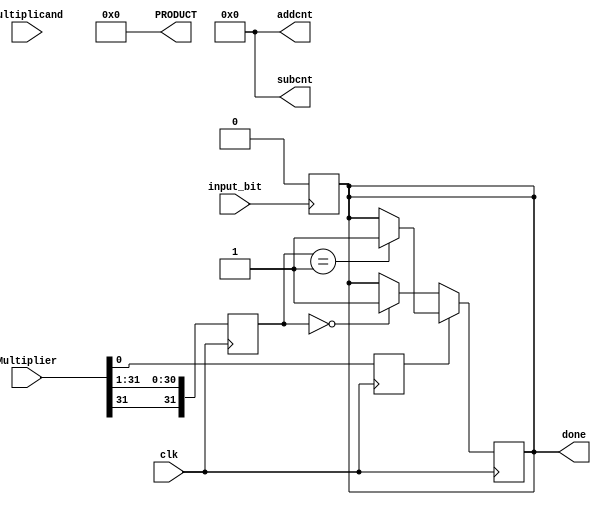
`define LENGTH 32

 module booth(Multiplicand, Multiplier, clk, input_bit, PRODUCT, done, addcnt, subcnt);

    input signed [31:0] Multiplicand, Multiplier;
    input clk, input_bit;
    reg [4:0] present_index = 0;
    reg previous_bit = 0;
    reg current_bit;
    reg signed [31:0] multiplier_shifted;
    output reg signed [63:0] PRODUCT = 64'b0;
    output reg [4:0] addcnt = 0, subcnt = 0;
    output reg done = 1;

    always @(posedge input_bit) begin
        addcnt <= 0;
        subcnt <= 0;
        present_index <= 0;
        previous_bit <= 0;
        done <= 0;
        PRODUCT <= 64'b0;
    end

    always @(posedge clk) begin
        current_bit <= Multiplier[present_index];
        #1
        if (current_bit != previous_bit) begin
            if (current_bit == 1) begin
                PRODUCT <= PRODUCT - (Multiplicand << present_index);
                subcnt <= subcnt + 1;
            end
            else begin
                PRODUCT <= PRODUCT + (Multiplicand << present_index);
                addcnt <= addcnt + 1;
            end
        end
        multiplier_shifted <= Multiplier >>> (present_index + 1);
        #2
        if (present_index == `LENGTH - 1) begin
            done <= 1;
        end 
        if (current_bit == 0) begin
            if (multiplier_shifted == 0) begin
                done <= 1;
            end
        end
        else begin
            if(multiplier_shifted == -1) begin
                done <= 1;
            end
        end
        present_index <= present_index + 1;
        previous_bit <= current_bit;
    end

endmodule